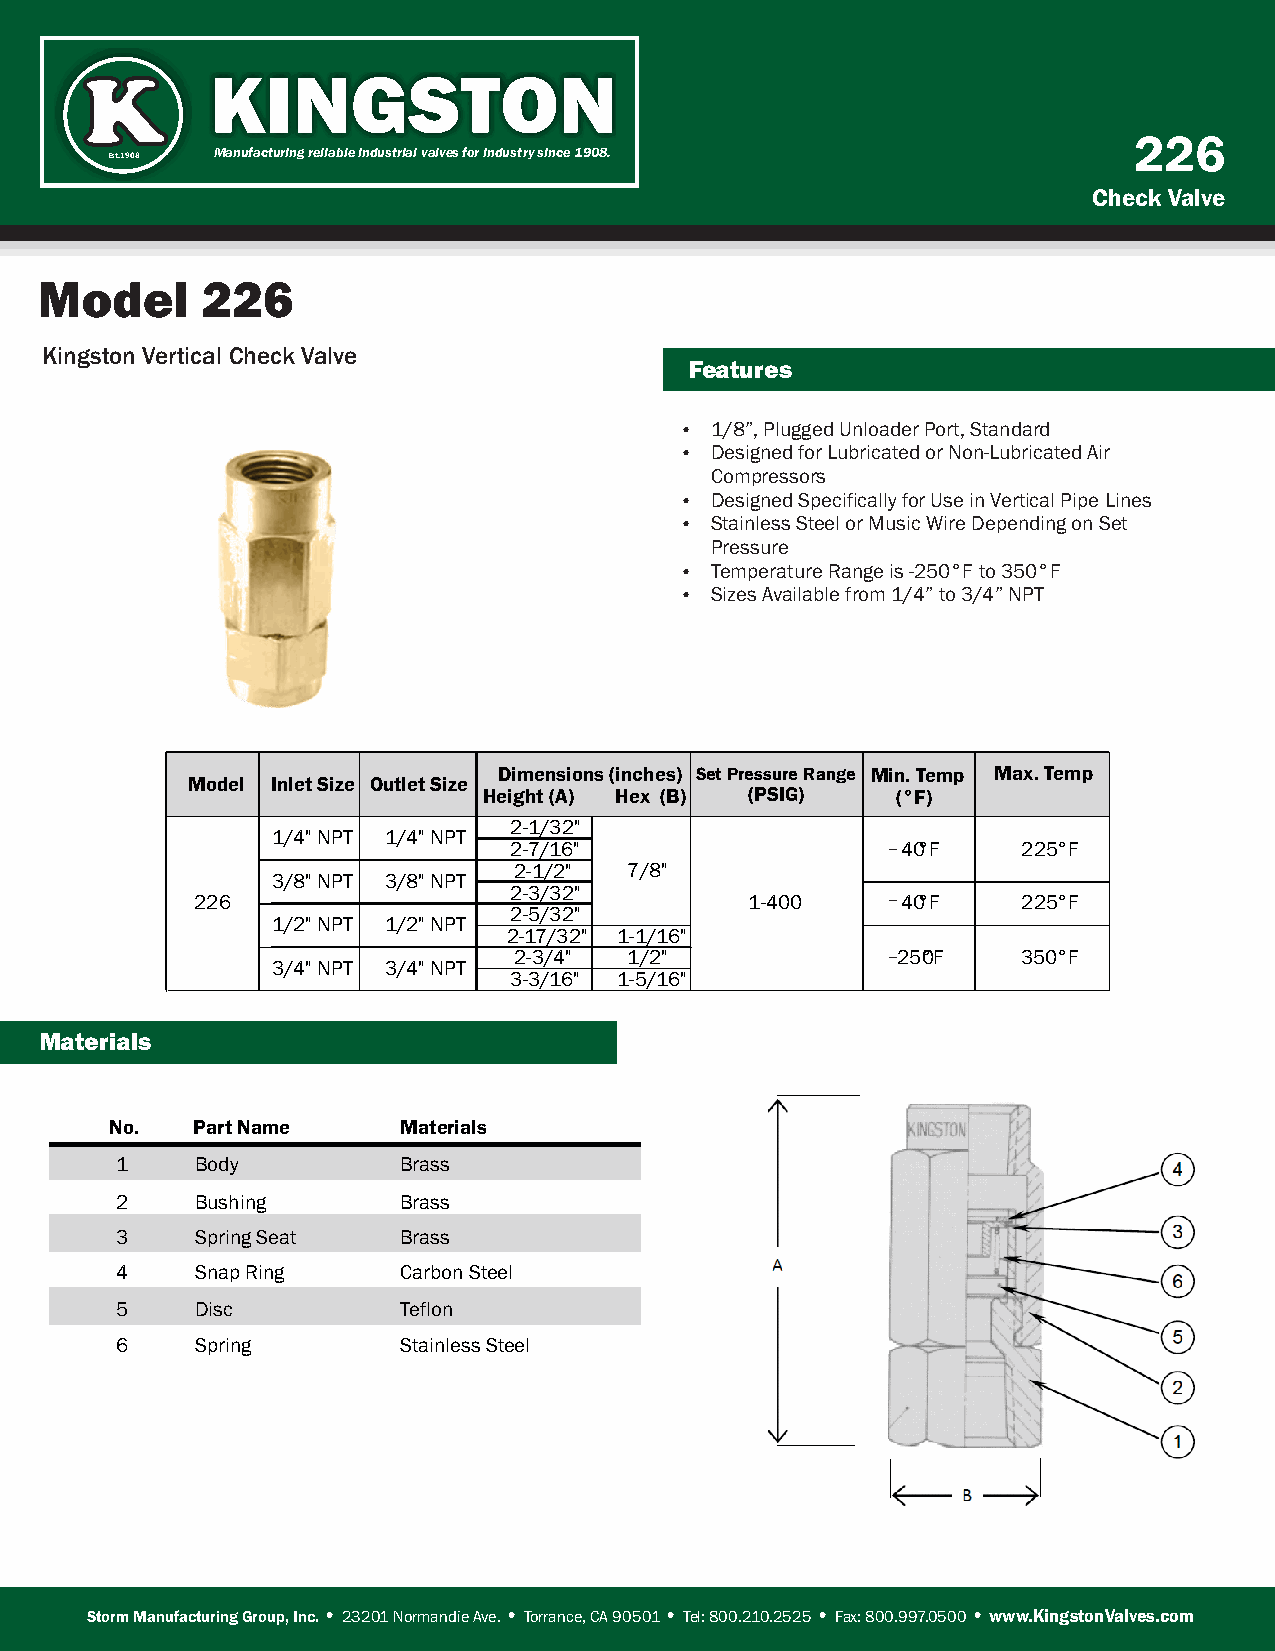
KINGSTON
 K
 226
 Manufacturing reliable industrial valves for industry since 1908.
 Est.1908
 Check Valve
 Model      226
 Kingston Vertical Check Valve
 Features
 Ÿ 1/8”, Plugged Unloader Port, Standard
 Ÿ Designed for Lubricated or Non-Lubricated Air
 Compressors
 Ÿ Designed Specifically for Use in Vertical Pipe Lines
 Ÿ Stainless Steel or Music Wire Depending on Set
 Pressure
 Ÿ Temperature Range is -250°F to 350°F
 Ÿ Sizes Available from 1/4” to 3/4” NPT
 Dimensions (inches) Set Pressure Range Min. Temp Max. Temp
 Model Inlet Size Outlet Size
 Height (A) Hex (B) (PSIG)  (°F)     (°F)
 2-1/32"
 1/4" NPT 1/4" NPT
 2-7/16"                  -40°F    225°F
 2-1/2"  7/8"
 3/8" NPT 3/8" NPT
 2-3/32"
 226                                  1-400    -40°F    225°F
 2-5/32"
 1/2" NPT 1/2" NPT
 2-17/32" 1-1/16"
 2-3/4"  1/2"             -25°0F   350°F
 3/4" NPT 3/4" NPT
 3-3/16" 1-5/16"
 Materials
 No.   Part Name     Materials
 1    Body          Brass
 2    Bushing       Brass
 3    Spring Seat   Brass
 4    Snap Ring     Carbon Steel
 5    Disc          Teflon
 6    Spring        Stainless Steel
 Storm Manufacturing Group, Inc. • 23201 Normandie Ave. • Torrance, CA 90501 • Tel: 800.210.2525 • Fax: 800.997.0500 • www.KingstonValves.com